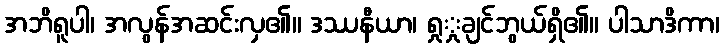
အဘိရူပါ၊ အလွန်အဆင်းလှ၏။ ဒဿနီယာ၊ ရှုှုချင်ဘွယ်ရှိ၏။ ပါသာဒိကာ၊